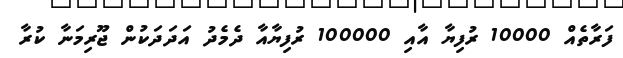
ފަރާތެއް 10000 ރުފިޔާ އާއި 100000 ރުފިޔާއާ ދެމެދު އަދަދަކުން ޖޫރިމަނާ ކުރާ